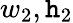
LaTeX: w_{2},\mathtt{h}_{2}